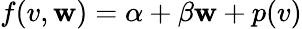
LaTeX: f(v,\mathbf{w})=\alpha+\beta\mathbf{w}+p(v)